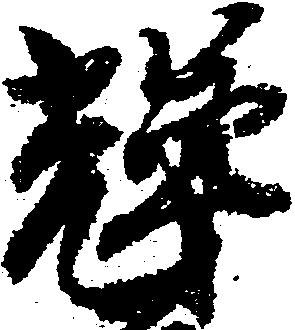
輝